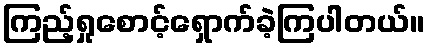
ကြည့်ရှုစောင့်ရှောက်ခဲ့ကြပါတယ်။